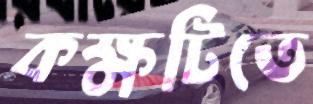
কক্ষটিতে